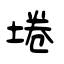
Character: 埢